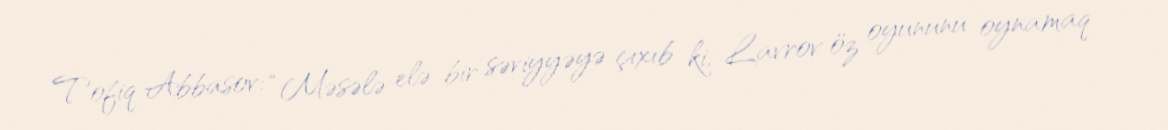
Tofiq Abbasov: “Məsələ elə bir səviyyəyə çıxıb ki, Lavrov öz oyununu oynamaq